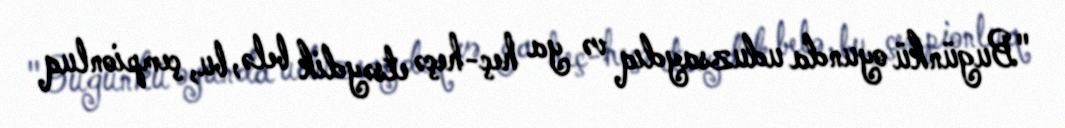
"Bugünkü oyunda uduzsaydıq və ya heç-heçə etsəydik belə, bu, çempionluq